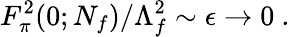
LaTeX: F_{\pi}^{2}(0;N_{f})/\Lambda_{f}^{2}\sim\epsilon\rightarrow 0\ .